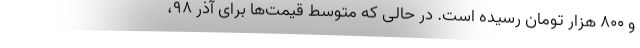
و ۸۰۰ هزار تومان رسیده است. در حالی که متوسط قیمت‌ها برای آذر ۹۸،